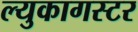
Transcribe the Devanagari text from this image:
ल्युकागस्टर